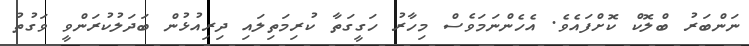
ނަންބަރު ބްލޮކް ކޮށްފައެވެ. އެހެންނަމަވެސް މިހާރު ހަގީގަތާ ކުރިމަތިލައި ދިރިއުޅުން ބަދަލުކުރަންވީ ވަގުތު